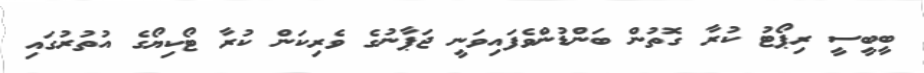
ބީބީސީ ރިޕޯޓު ކުރާ ގޮތުން ބަންޑުންވެފައިވަނީ ޖަޕާނުގެ ވެރިކަން ކުރާ ޓޯކިޔޯގެ އުތުރުގައި